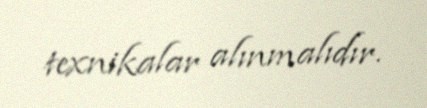
texnikalar alınmalıdır.